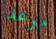
موعد